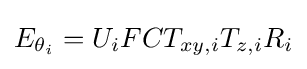
E_{\theta _{i}}=U_{i}FCT_{xy,i}T_{z,i}R_{i}